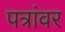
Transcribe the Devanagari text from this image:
पत्रांवर